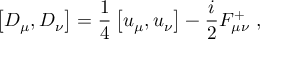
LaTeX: \left[ D _ { \mu } , D _ { \nu } \right] = \frac { 1 } { 4 } \left[ u _ { \mu } , u _ { \nu } \right] - \frac { i } { 2 } F _ { \mu \nu } ^ { + } ~ ,